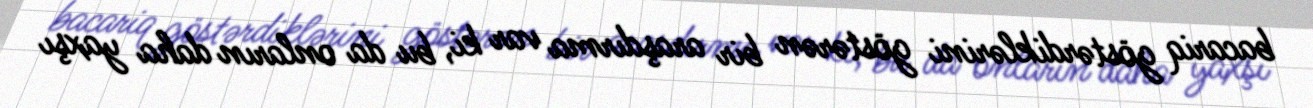
bacariq göstərdiklərini göstərən bir araşdırma var ki, bu da onların daha yaxşı